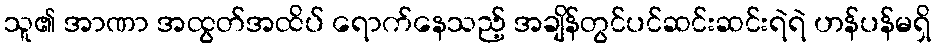
သူ၏ အာဏာ အထွတ်အထိပ် ရောက်နေသည့် အချိန်တွင်ပင်ဆင်းဆင်းရဲရဲ ဟန်ပန်မရှိ